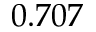
0 . 7 0 7